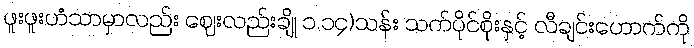
ဖူးဖူးဟံသာမှာလည်း ဈေးလည်းချို ၁.၁၄)သန်း သက်ပိုင်စိုးနှင့် လီချင်းဟောက်ကို